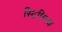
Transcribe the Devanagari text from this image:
स्टिफ्निक